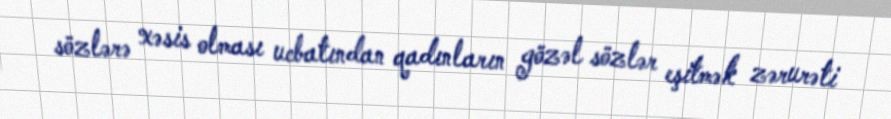
sözlərə xəsis olması ucbatından qadınların gözəl sözlər eşitmək zərurəti